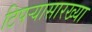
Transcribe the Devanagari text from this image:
टिपर्‍यासारख्या